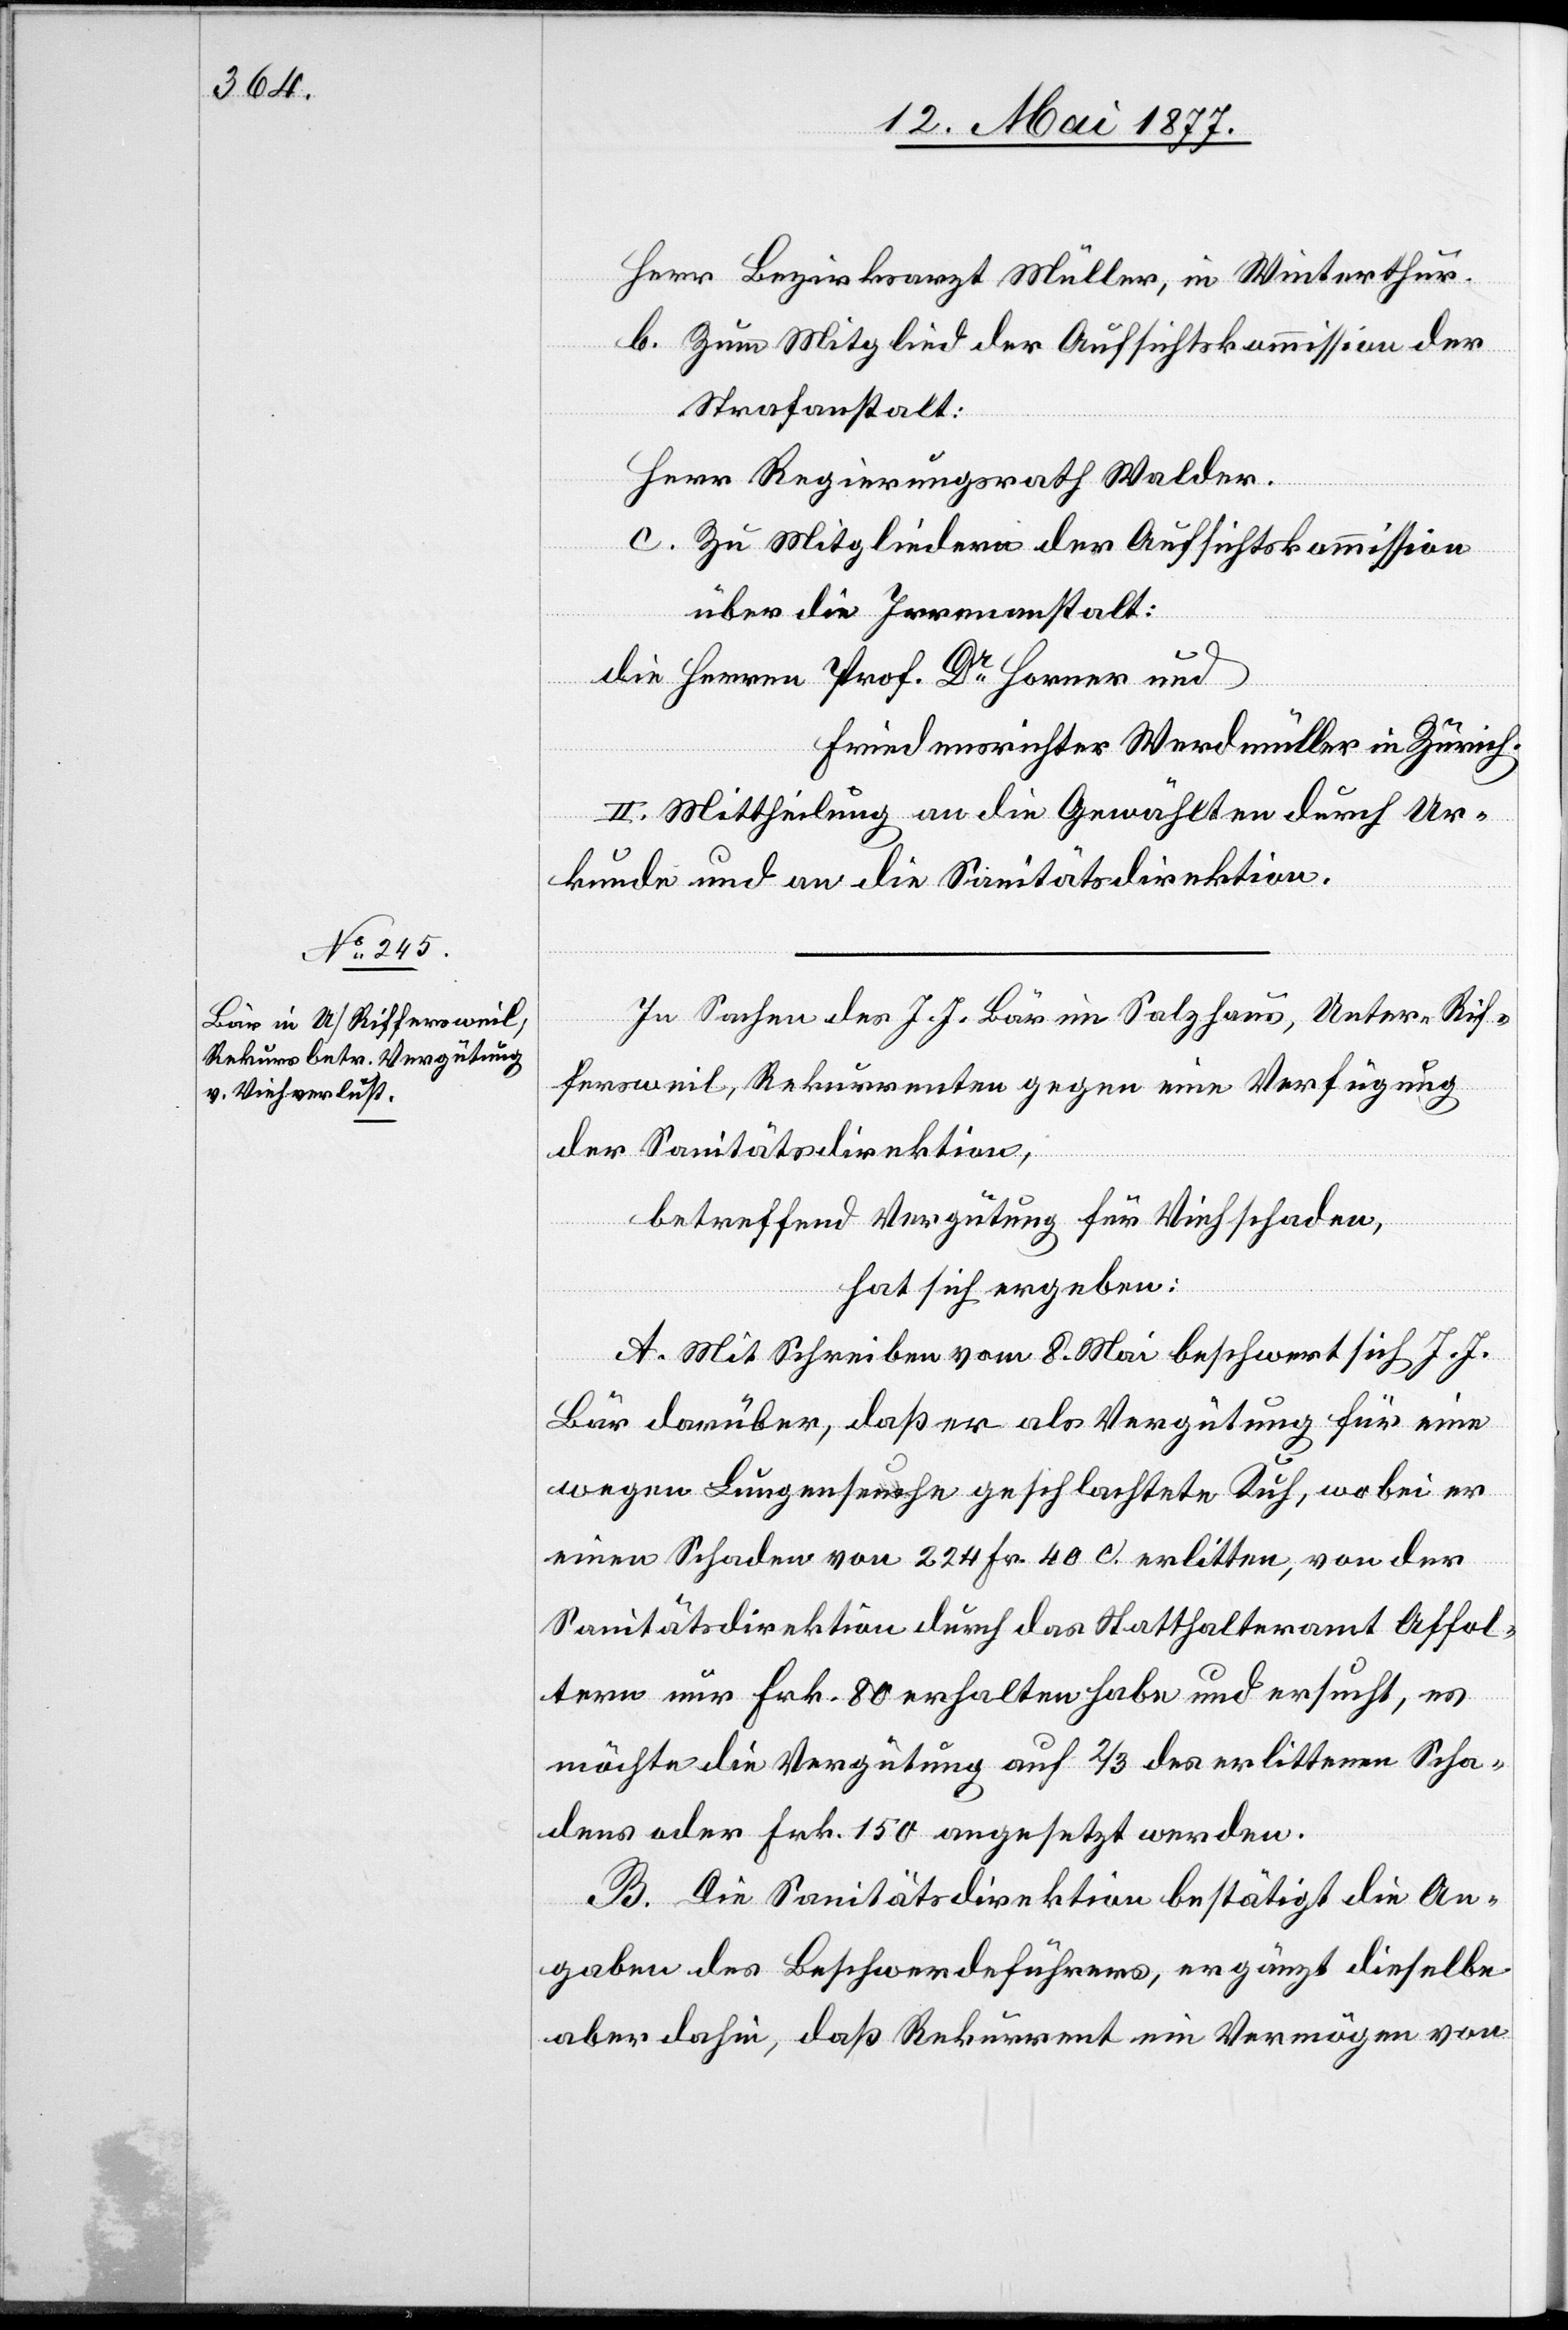
Herr Bezirksarzt Müller, in Winterthur.
b. Zum Mitglied der Aufsichtskommission der
Strafanstalt:
Herr Regierungsrath Walder.
c. Zu Mitgliedern der Aufsichtskommission
über die Irrenanstalt:
die Herren Prof. Dr Horner und
Friedensrichter Werdmüller in Zürich.
II. Mittheilung an die Gewählten durch Ur¬
kunde und an die Sanitätsdirektion.
In Sachen des J. J. Bär im Salzhaus, Unter-Rif¬
fersweil, Rekurrenten gegen eine Verfügung
der Sanitätsdirektion,
betreffend Vergütung für Viehverlust,
hat sich ergeben:
A. Mit Schreiben vom 8. Mai beschwert sich J. J.
Bär darüber, daß er als Vergütung für eine
wegen Lungenseuche geschlachtete Kuh, wobei der
einen Schaden von 224 Fr. 40 c. erlitten, von der
Sanitätsdirektion durch das Statthalteramt Affol¬
tern nur Frk. 80 erhalten habe und ersucht, es
möchte die Vergütung auf 2/3 des erlittenen Scha¬
dens oder Frk. 150 angesetzt werden.
B. Die Sanitätsdirektion bestätigt die An¬
gabe des Beschwerdeführers, ergänzt dieselbe
aber dahin, daß Rekurrent ein Vermögen von